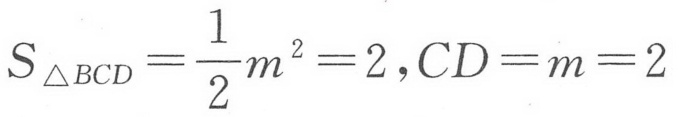
\(S_{\triangle BCD}=\frac{1}{2}m^{2}=2,CD = m = 2\)